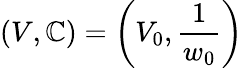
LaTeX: \left(V,\mathbb{C}\right)=\left(V_{0},\frac{{1}}{{w_{0}}}\right)